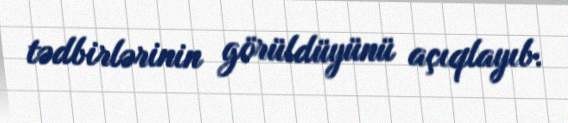
tədbirlərinin görüldüyünü açıqlayıb.